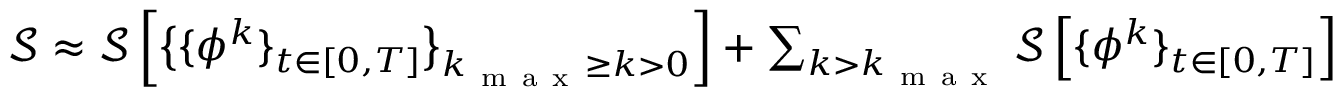
\begin{array} { r } { \mathcal { S } \approx \mathcal { S } \left[ \big \{ \{ { \phi } ^ { k } \} _ { t \in [ 0 , T ] } \big \} _ { k _ { \mathrm { ~ m ~ a ~ x ~ } } \geq k > 0 } \right] + \sum _ { k > k _ { \mathrm { ~ m ~ a ~ x ~ } } } \mathcal { S } \left[ \{ { \phi } ^ { k } \} _ { t \in [ 0 , T ] } \right] } \end{array}